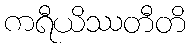
ကရီယိဿတီတိ